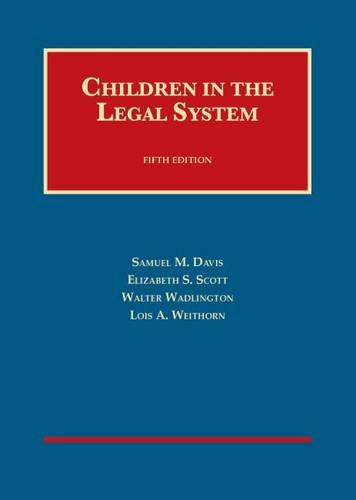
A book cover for Children in the Legal System (University Casebook Series); Samuel Davis; Law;